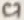
Text: C7